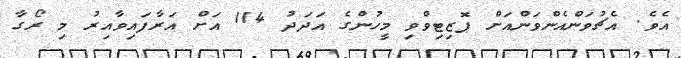
އެވެ. އެޗުވަންއެންވަންއަށް ޕޮޒިޓިވްވި މީހުންގެ އަދަދު 114 އަށް އަރާފައިވާއިރު މި ރޯގާ